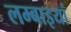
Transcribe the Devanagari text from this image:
लम्बाइयां